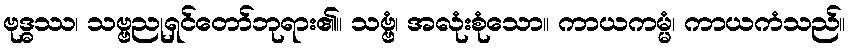
ဗုဒ္ဓဿ၊ သဗ္ဗညုရှင်တော်ဘုရား၏။ သဗ္ဗံ၊ အလုံးစုံသော။ ကာယကမ္မံ၊ ကာယကံသည်။